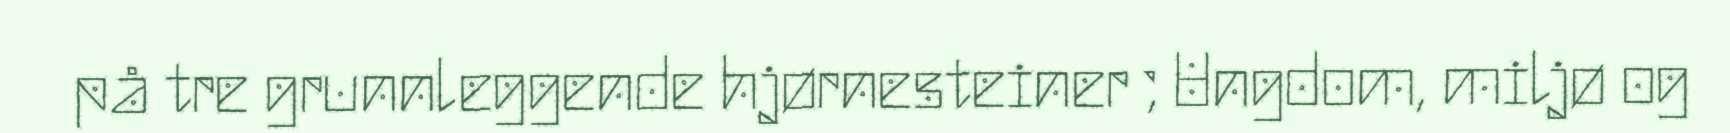
på tre grunnleggende hjørnesteiner ; Ungdom, miljø og